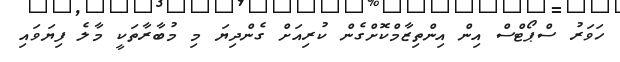
ހަވަރު ސްޕޯޓްސް އިން އިންތިޒާމްކޮށްގެން ކުރިއަށް ގެންދިޔަ މި މުބާރާތަކީ މާލެ ފިޔަވައި